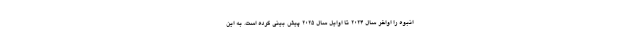
انبوه را اواخر سال ۲۰۲۴ تا اوایل سال ۲۰۲۵ پیش بینی کرده است. به این